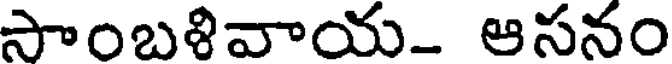
సాంబళివాయ- ఆసనం